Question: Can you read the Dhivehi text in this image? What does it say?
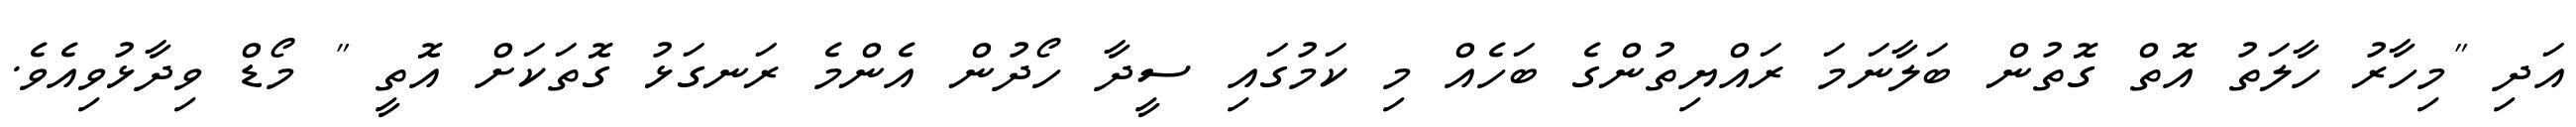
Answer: އަދި "މިހާރު ހާލަތު އޮތް ގޮތުން ބަލާނަމަ ރައްޔިތުންގެ ބަހެއް މި ކަމުގައި ސީދާ ހޯދުން އެންމެ ރަނގަޅު ގޮތަކަށް އޮތީ " މޯޑް ވިދާޅުވިއެވެ.